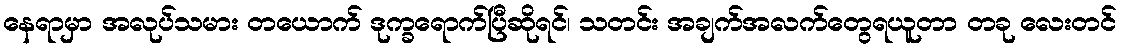
နေရာမှာ အလုပ်သမား တယောက် ဒုက္ခရောက်ပြီဆိုရင်၊ သတင်း အချက်အလက်တွေရယူတာ တခု လေးတင်